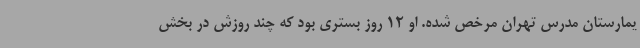
یمارستان مدرس تهران مرخص شده. او 12 روز بستری بود که چند روزش در بخش